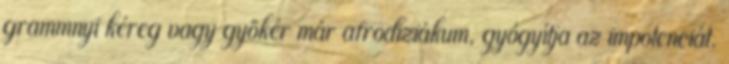
grammnyi kéreg vagy gyökér már afrodiziákum, gyógyítja az impotenciát.